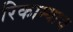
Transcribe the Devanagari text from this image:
रिकाम्याच